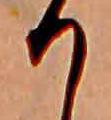
り